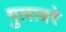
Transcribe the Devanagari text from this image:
गुलाबरे